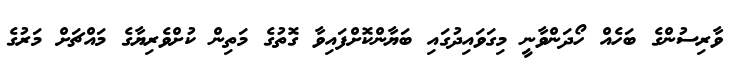
ވާރިސުންގެ ބަހެއް ހޯދަންވާނީ މިގަވައިދުގައި ބަޔާންކޮށްފައިވާ ގޮތުގެ މަތިން ކުށްވެރިޔާގެ މައްޗަށް މަރުގެ